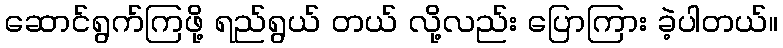
ဆောင်ရွက်ကြဖို့ ရည်ရွယ် တယ် လို့လည်း ပြောကြား ခဲ့ပါတယ်။